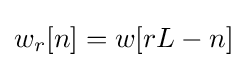
w_{r}[n]=w[rL-n]